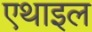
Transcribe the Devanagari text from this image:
एथाइल